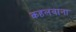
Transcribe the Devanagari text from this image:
कहलवाना